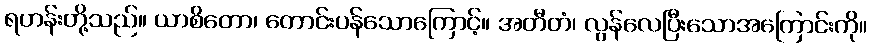
ရဟန်းတို့သည်။ ယာစိတော၊ တောင်းပန်သောကြောင့်။ အတီတံ၊ လွန်လေပြီးသောအကြောင်းကို။